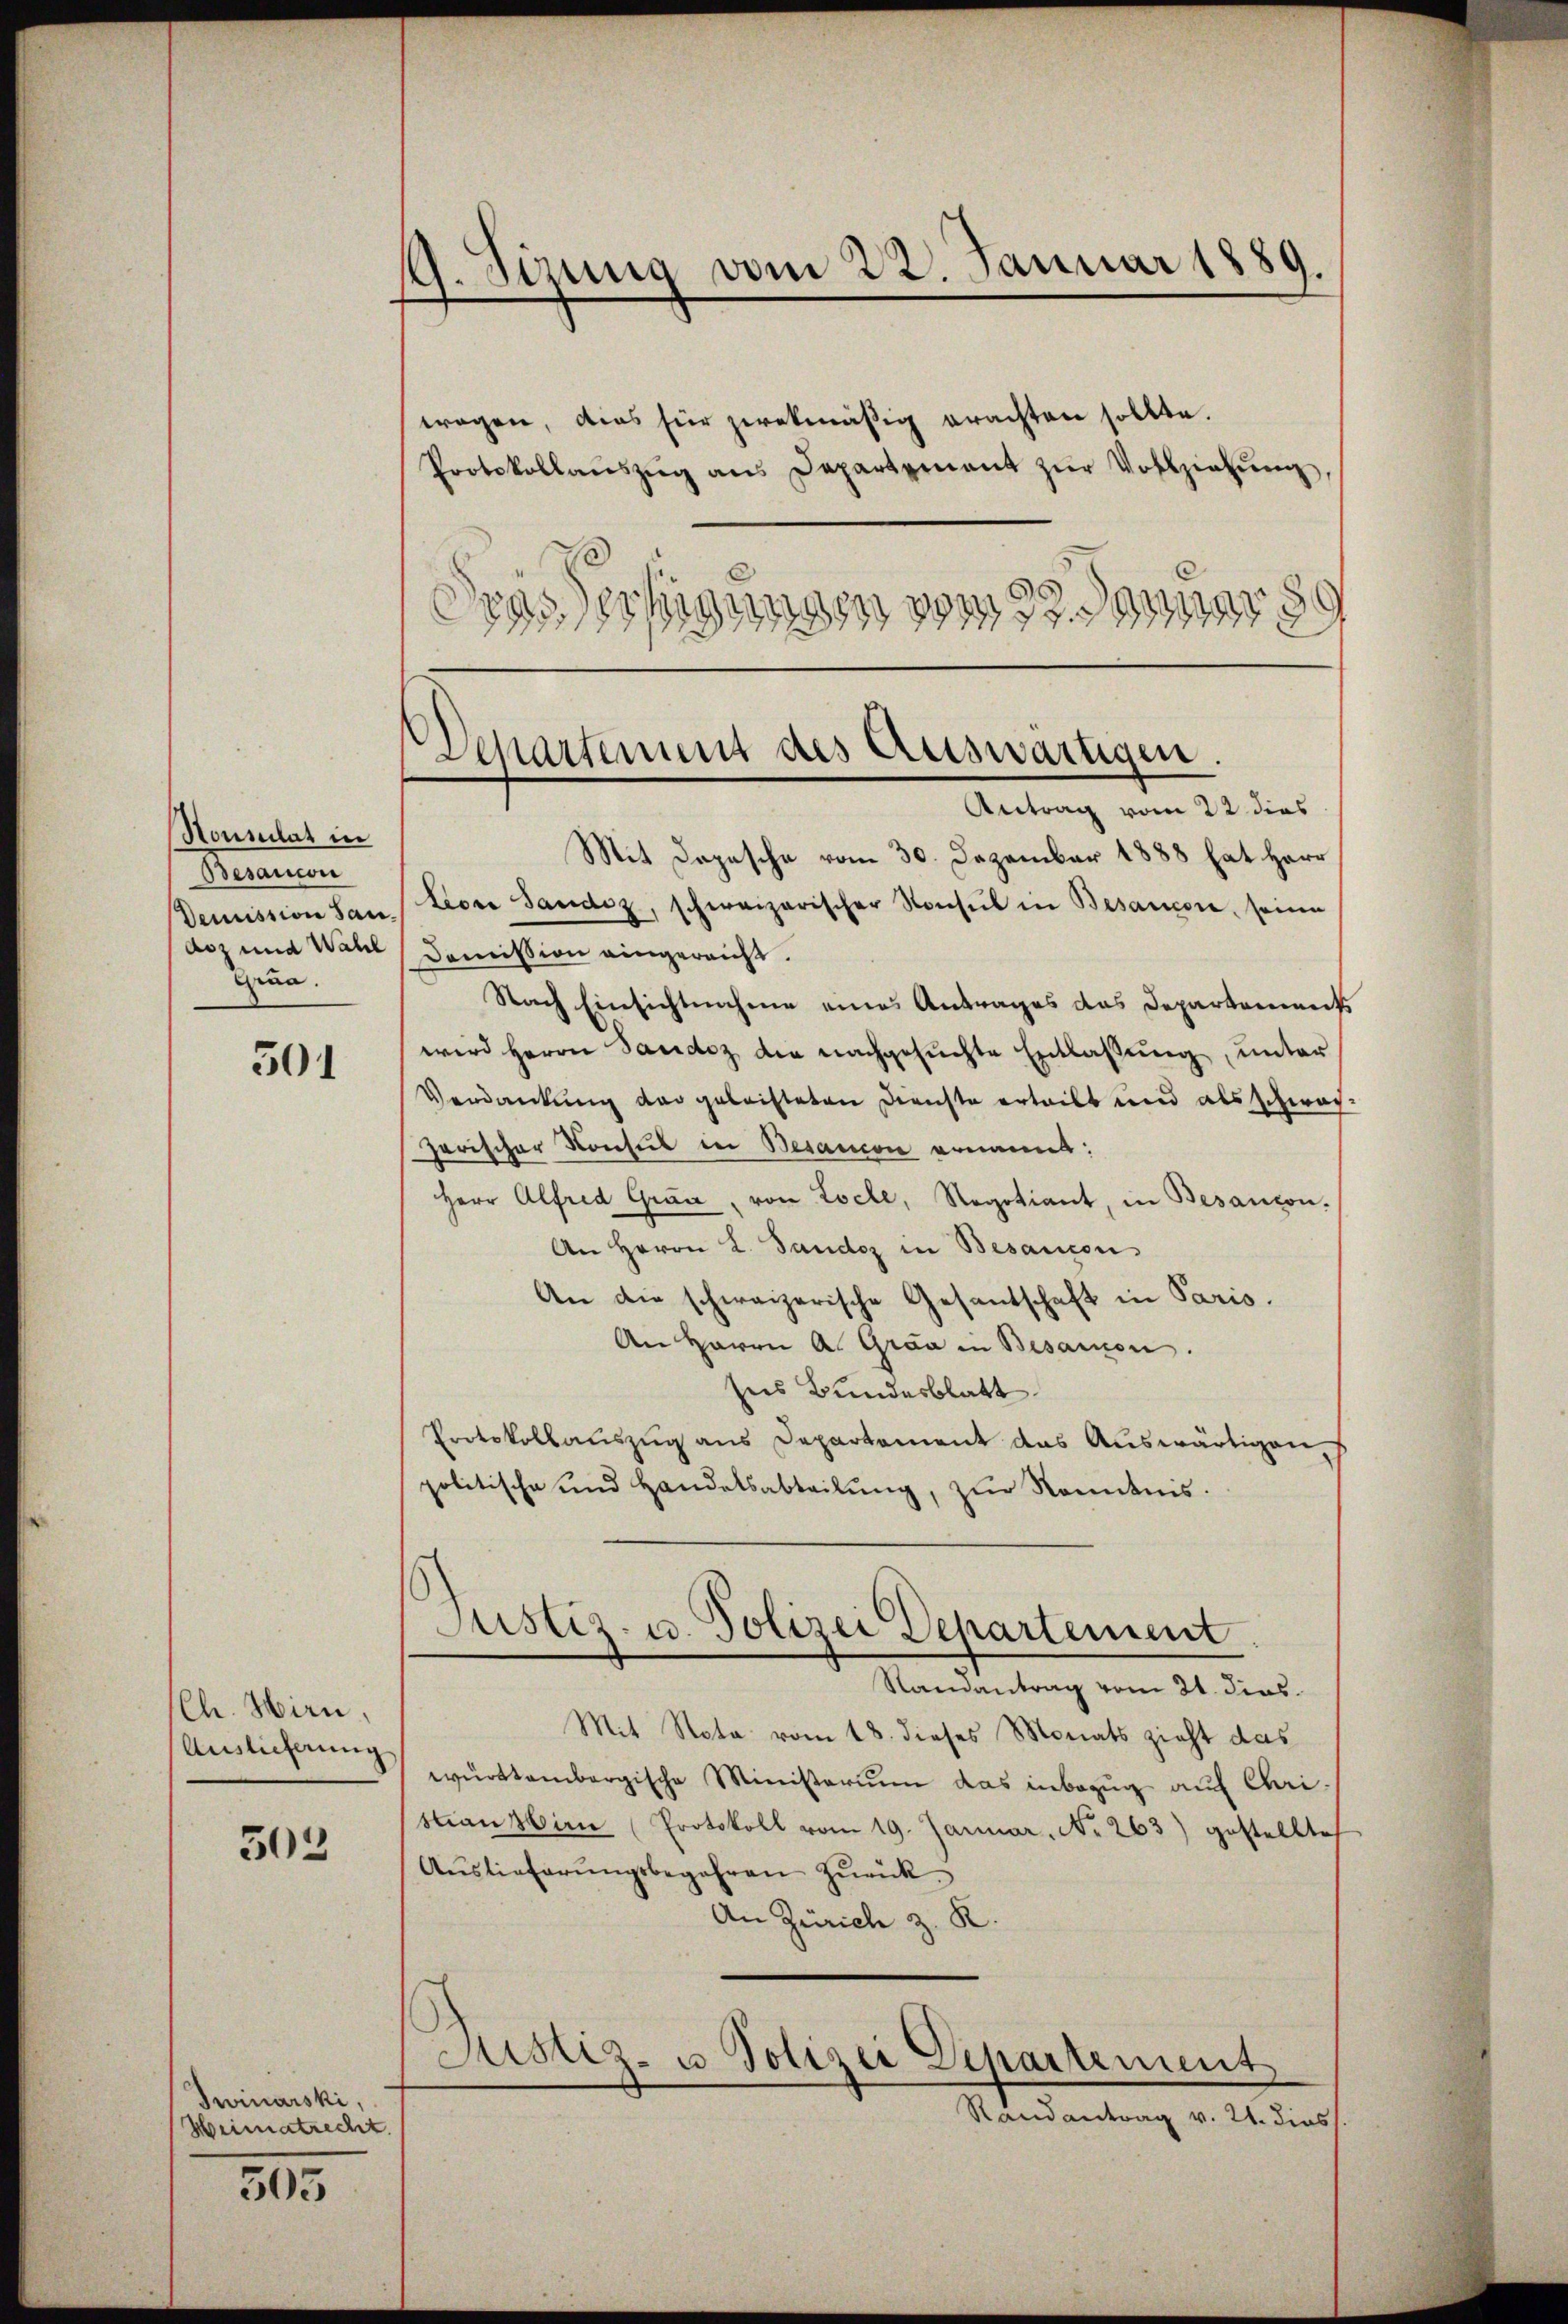
Nounlat in
Besaucon
Demission San.
doz und Wahl
Grua.

501

Ch. Hirn,
Auslieferung

503

Twinarski,
Weimatrecht.

505

9. Sizung vom 22. Januar 1889.
tragen, dies für zwekmäßig erachten sollte.
Protokollaŭszŭg ans Departement zŭr Vollziehŭng

igungen
88
19132. gar 80
38
g

Mit Depesche vom 30. Dezember 1888 hat Herr
Liore Sandiz, schweizerischer Konsul in Besancore, seine
Domission eingereicht.
Nach Einsichtnahme eines Antrages das Departement
wird Herrn Sandoz die nachgesŭchte Entlassŭng, unter
Verdankung der geleisteten Dienste erteilt und als schwach
Jarischer Konsul in Besancen ernannt:
Herr Alfred Gran, von Loche, Regotiant, in Besancon-
An Herrn L. Sandoz in Besançon,
An die schweizerische Gesantschaft in Paris.
An Herrn A. Grad in Besanon.
ses Bundesblatt
Protokollauszug aus Departement das Auswärtigen,
politische und Handelsabteilŭng, zŭr Kenntnis.
Justiz- u. Polizei Departement
Randantrag vom 21. dies
Mit Nota vom 18. dieses Monats zieht das
württembergische Ministerium das inbezug auf Christiansbirn (Protokoll vom 19. Januar, No. 263) gestellte
Auslieferungsbegehren zurück¬
An Zürich z. R.
Justiz- u. Polizei Departement
Randantrag v. 21. dies

Separtement des Auswärtigen.
Antrag vom 22 dies